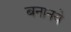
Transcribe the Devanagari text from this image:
बनानये